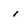
Character: 1